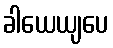
ခါယေယျပေ